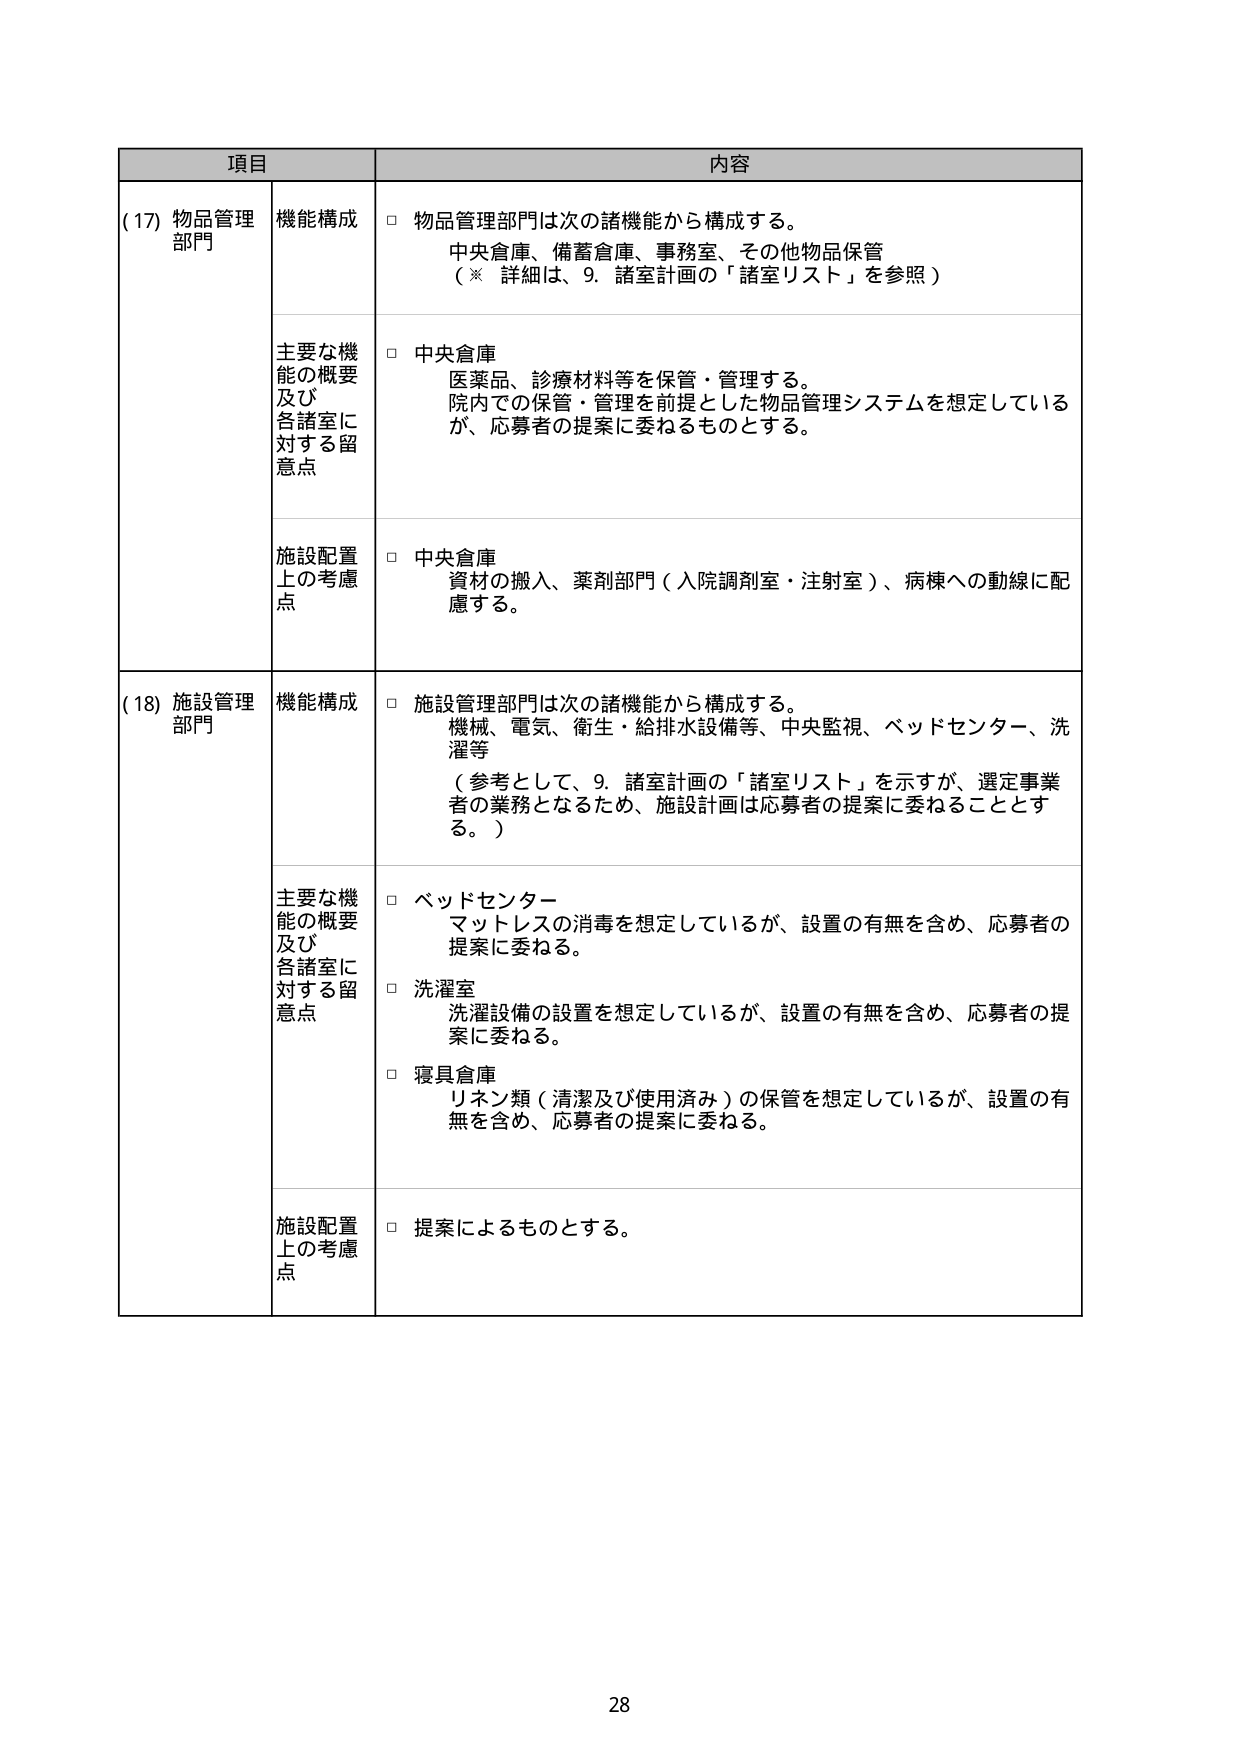
項目 内容
(17) 物品管理 部門 機能構成 □ 物品管理部門は次の諸機能から構成する。 中央倉庫、備蓄倉庫、事務室、その他物品保管 （※ 詳細は、9. 諸室計画の「諸室リスト」を参照）
主要な機 能の概要 及び 各諸室に 対する留 意点 □ 中央倉庫 医薬品、診療材料等を保管・管理する。 院内での保管・管理を前提とした物品管理システムを想定している が、応募者の提案に委ねるものとする。
施設配置 上の考慮 点 □ 中央倉庫 資材の搬入、薬剤部門（入院調剤室・注射室）、病棟への動線に配 慮する。
(18) 施設管理 部門 機能構成 □ 施設管理部門は次の諸機能から構成する。 機械、電気、衛生・給排水設備等、中央監視、ベッドセンター、洗 濯等 （参考として、9. 諸室計画の「諸室リスト」を示すが、選定事業 者の業務となるため、施設計画は応募者の提案に委ねることとす る。）
主要な機 能の概要 及び 各諸室に 対する留 意点 □ ベッドセンター マットレスの消毒を想定しているが、設置の有無を含め、応募者の 提案に委ねる。 □ 洗濯室 洗濯設備の設置を想定しているが、設置の有無を含め、応募者の提 案に委ねる。 □ 寝具倉庫 リネン類（清潔及び使用済み）の保管を想定しているが、設置の有 無を含め、応募者の提案に委ねる。
施設配置 上の考慮 点 □ 提案によるものとする。
28